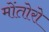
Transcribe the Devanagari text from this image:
मोंतोरो